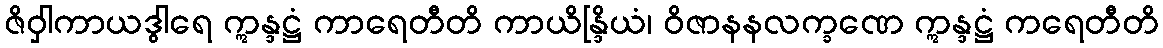
ဇိဝှါကာယဒွါရေ ဣန္ဒဋ္ဌံ ကာရေတီတိ ကာယိန္ဒြိယံ၊ ဝိဇာနနလက္ခဏေ ဣန္ဒဋ္ဌံ ကရေတီတိ